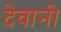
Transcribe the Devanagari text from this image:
देवानी